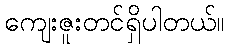
ကျေးဇူးတင်ရှိပါတယ်။